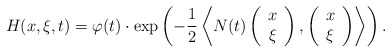
\begin{align*} H(x,\xi,t) &= \varphi(t)\cdot\exp\left(-\frac{1}{2}\left\langle N(t)\left(\begin{array}{c}x\\\xi\end{array}\right), \left(\begin{array}{c}x\\\xi\end{array}\right)\right\rangle\right). \end{align*}